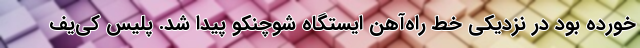
خورده بود در نزدیکی خط راه‌آهن ایستگاه شوچنکو پیدا شد. پلیس کی‌یف